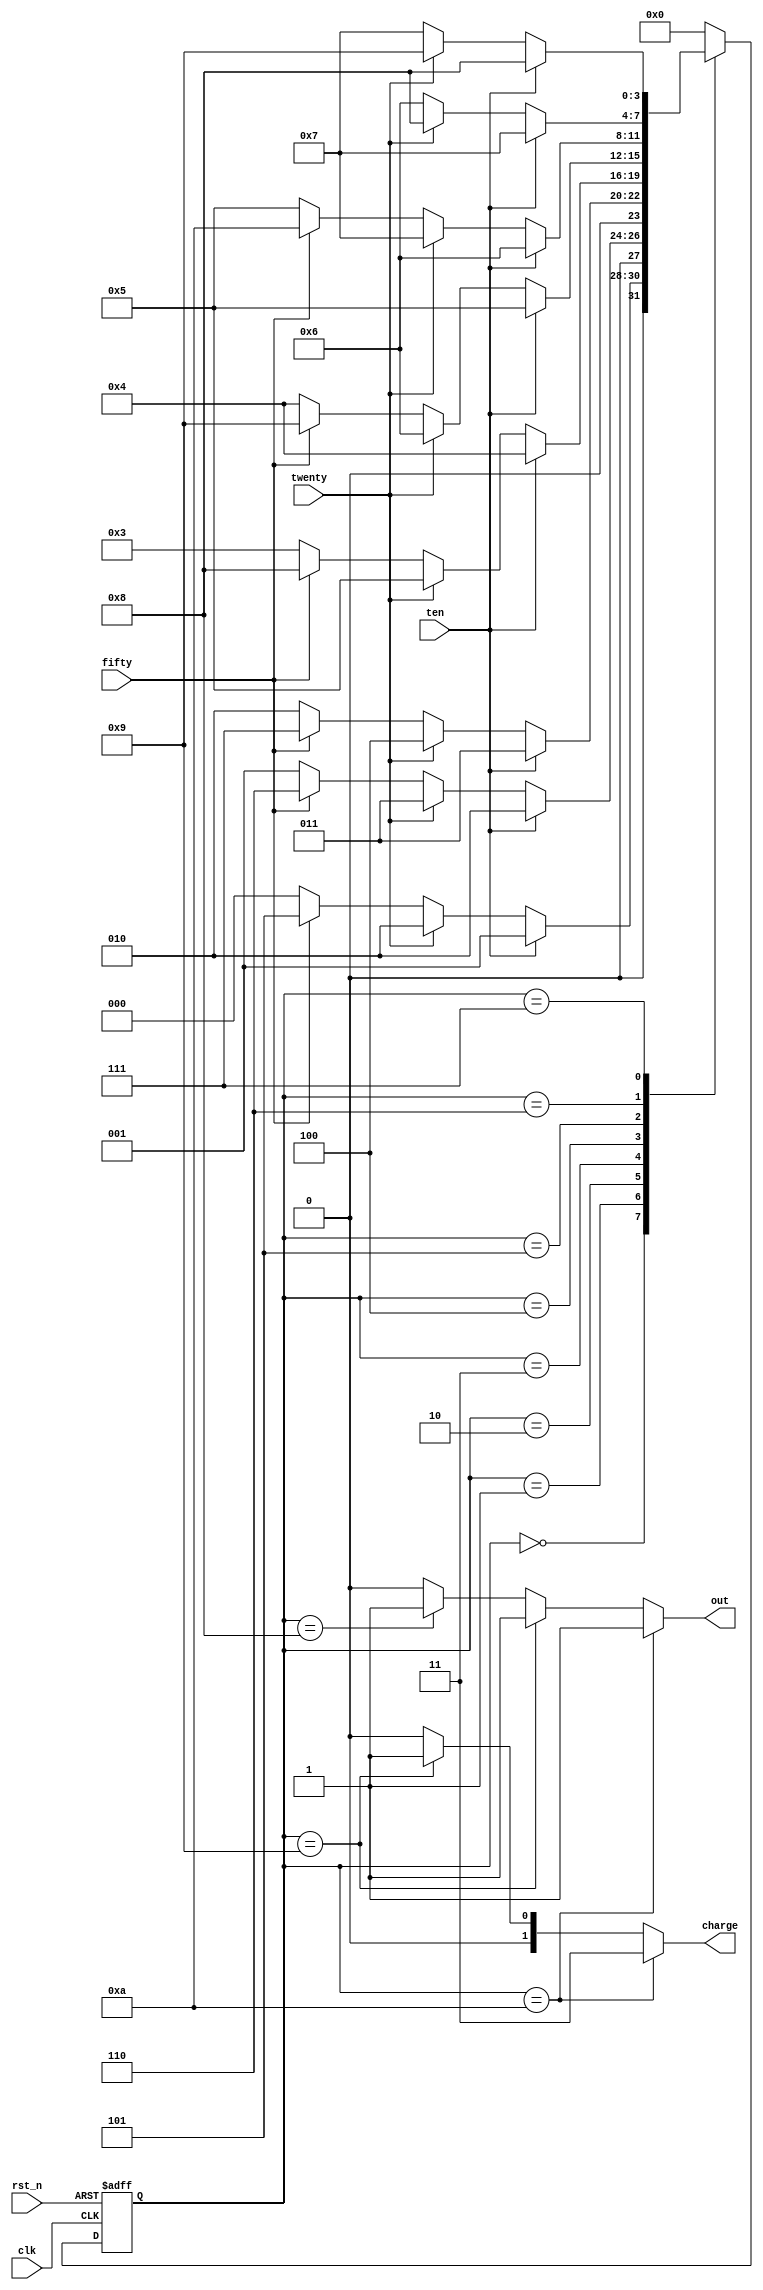
//-----------------------------------
//Description:RTL
//
//Revision: 
//Coryright:
//--------------------------------

module sale_machine #(parameter CHARGE_WIDTH=2)(
       input clk,
       input rst_n,
       input ten,
	   input twenty,
	   input fifty,
	   output reg out,
	   output reg [CHARGE_WIDTH-1:0] charge
	   );
	  
	  localparam FSM_WIDTH = 4;
	  //110120
	  localparam IDLE=4'b0000,
				 TEN=4'b0001,
				 TWENTY=4'b0010,
				 THIRTY=4'b0011,
				 FORTY=4'b0100,
				 FIFTY=4'b0101,
				 SIXTY=4'b0110,
				 SEVENTY=4'b0111,
				 EIGHTY=4'b1000,
				 NINETY=4'b1001,
				 HUNDRED=4'b1010;
	  
	   		 
				 
	reg [FSM_WIDTH-1:0] state,next_state;

	
	//
   
    always@(posedge clk or negedge rst_n)
          if(!rst_n)
             state<=IDLE;
          else 
             state<=next_state;		

    always@(*)begin
         case(state)
		     IDLE:  if(ten)
			           next_state=TEN;
					else if(twenty)
                       next_state=TWENTY;
                    else if(fifty)
                       next_state=FIFTY;
                    else
                       next_state=IDLE;
             TEN:   if(ten)
			           next_state=TWENTY;
					else if(twenty)
                       next_state=THIRTY;
                    else if(fifty)
                       next_state=SIXTY;
                    else
                       next_state=TEN;
			 TWENTY:if(ten)
			           next_state=THIRTY;
					else if(twenty)
                       next_state=FORTY;
                    else if(fifty)
                       next_state=SEVENTY;
                    else
                       next_state=TWENTY;		   
 			 THIRTY:if(ten)
			           next_state=FORTY;
					else if(twenty)
                       next_state=FIFTY;
                    else if(fifty)
                       next_state=EIGHTY;
                    else
                       next_state=THIRTY;                    			 
 			 FORTY:if(ten)
			           next_state=FIFTY;
					else if(twenty)
                       next_state=SIXTY;
                    else if(fifty)
                       next_state=NINETY;
                    else
                       next_state=FORTY; 		 
 			 FIFTY:if(ten)
			           next_state=SIXTY;
					else if(twenty)
                       next_state=SEVENTY;
                    else if(fifty)
                       next_state=HUNDRED;
                    else
                       next_state=FIFTY; 	
 			 SIXTY:if(ten)
			           next_state=SEVENTY;
					else if(twenty)
                       next_state=EIGHTY;
                    // else if(fifty)
                       // next_state=HUNDRED; //
                    else
                       next_state=SIXTY; 
 			 SEVENTY:if(ten)
			           next_state=EIGHTY;
					else if(twenty)
                       next_state=NINETY;
                    // else if(fifty)
                       // next_state=HUNDRED;//
                    else
                       next_state=SEVENTY;  
					   
 			 EIGHTY:   next_state=IDLE;
			 NINETY:   next_state=IDLE;
			 HUNDRED:  next_state=IDLE;
			 default:  next_state=IDLE;			 
		 endcase		
	 end
				 
	  
	  always@(*)
	     if(state==HUNDRED)begin
		     out=1'b1;
			 charge=2'b11;
		 end
		 else if(state==NINETY)begin
		     out=1'b1;
			 charge=2'b01;
		 end
		 else if(state==EIGHTY)begin
		     out=1'b1;
			 charge=2'b00;
		 end
		 else begin
		     out=1'b0;
			 charge=2'b00;
		 end            
	  

endmodule